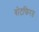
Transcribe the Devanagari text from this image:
बोटफिरत